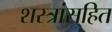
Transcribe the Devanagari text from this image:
शस्त्रांसहित